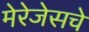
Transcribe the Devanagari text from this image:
मेरेजेसचे